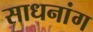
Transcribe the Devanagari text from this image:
साधनांग